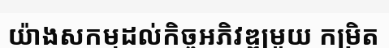
យ៉ាងសកម្មដល់កិច្ចអភិវឌ្ឍមួយ កម្រិត